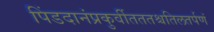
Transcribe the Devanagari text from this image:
पिंडदानंप्रकुर्वीतततश्चतिलतर्पणं